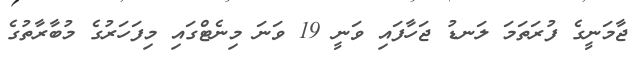
ޖާމަނީގެ ފުރަތަމަ ލަނޑު ޖަހާފައި ވަނީ 19 ވަނަ މިނެޓްގައި މިފަހަރުގެ މުބާރާތުގެ